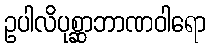
ဥပါလိပုစ္ဆာဘာဏဝါရော